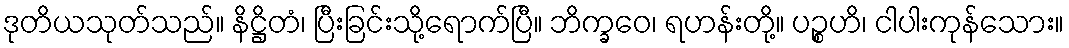
ဒုတိယသုတ်သည်။ နိဋ္ဌိတံ၊ ပြီးခြင်းသို့ရောက်ပြီ။ ဘိက္ခဝေ၊ ရဟန်းတို့။ ပဉ္စဟိ၊ ငါပါးကုန်သေား။